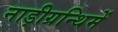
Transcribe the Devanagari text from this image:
नाड़ीग्रन्थिमें